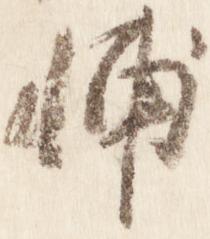
輔